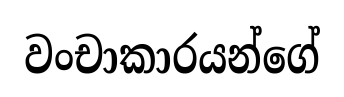
වංචාකාරයන්ගේ